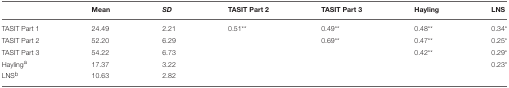
|  | Mean | SD | TASIT Part 2 | TASIT Part 3 | Hayling | LNS |
 | --- | --- | --- | --- | --- | --- | --- |
 | TASIT Part 1 | 24.49 | 2.21 | 0.51** | 0.49** | 0.48** | 0.34* |
 | TASIT Part 2 | 52.20 | 6.29 |  | 0.69** | 0.47** | 0.25* |
 | TASIT Part 3 | 54.22 | 6.73 |  |  | 0.42** | 0.29* |
 | Haylinga | 17.37 | 3.22 |  |  |  | 0.23* |
 | LNSb | 10.63 | 2.82 |  |  |  |  |